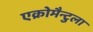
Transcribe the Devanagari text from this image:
एक्रोमैन्टुला